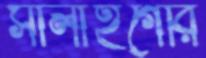
সালাহগেরি